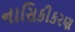
નાસિકીકરણ